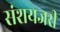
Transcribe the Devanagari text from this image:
संशयजरी